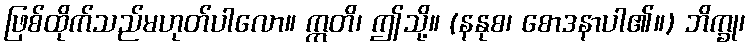
ဖြစ်ထိုက်သည်မဟုတ်ပါလော။ ဣတိ၊ ဤသို့။ (နနုစ၊ စောဒနာပါ၏။) ဘိက္ခု၊